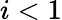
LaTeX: i<1